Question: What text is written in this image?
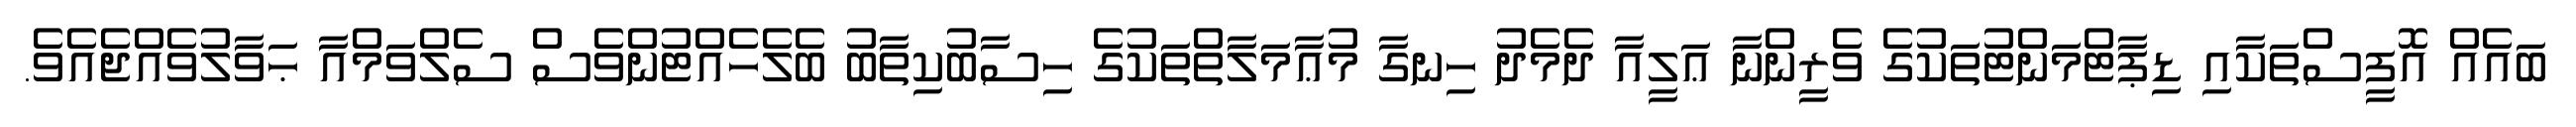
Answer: ބައެއް އޮފީސްތަކާއި ޑިޕާޓްމަންޓުތަކުގެ ވެރީންނާ ޢަލީއާ ދެމެދު ހިނގާ މުޢާމަލާތްތަކުގެ ހިސާބުކިތާބު ބެލެހެއްޓުންވެސް ސެލްވަމްއާ ޙަވާލުވެއްޖެއެވެ.